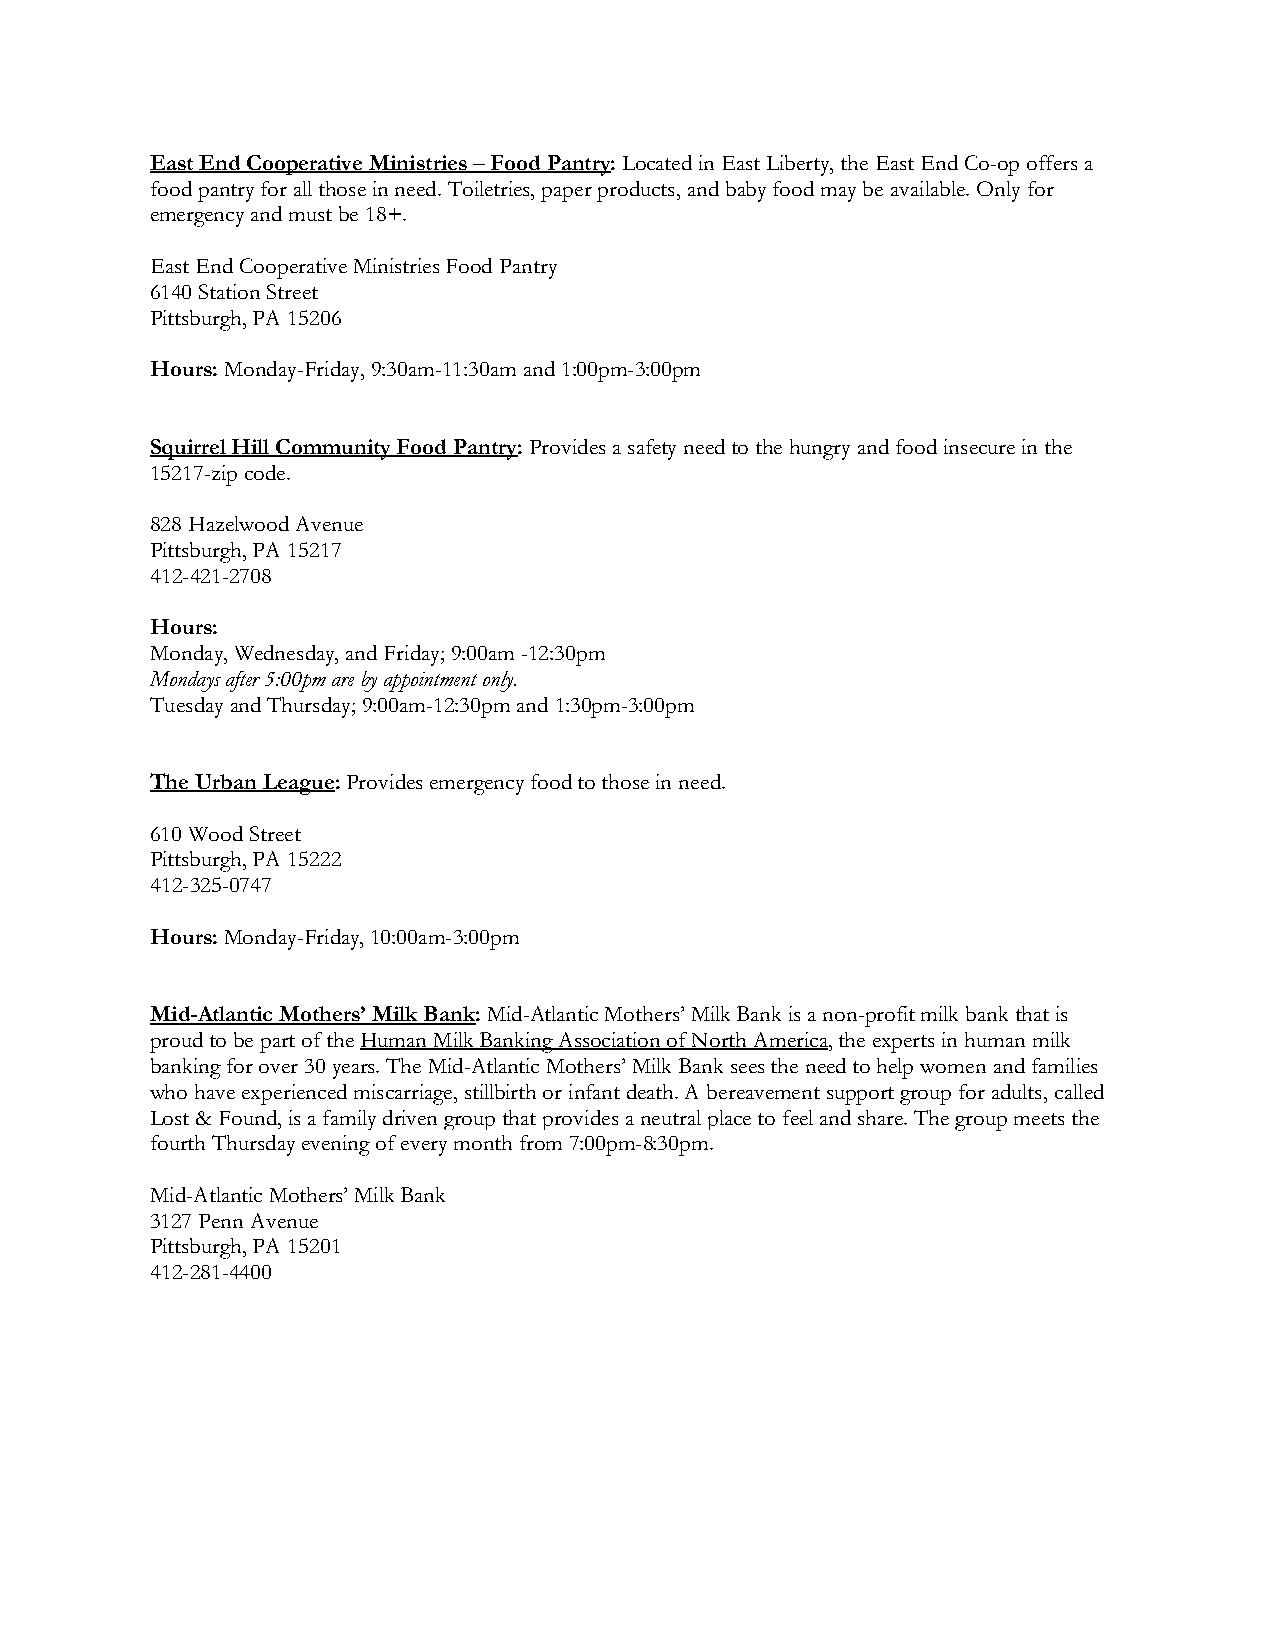
East End Cooperative Ministries – Food Pantry: Located in East Liberty, the East End Co-op offers a
 food pantry for all those in need. Toiletries, paper products, and baby food may be available. Only for
 emergency and must be 18+.
 East End Cooperative Ministries Food Pantry
 6140 Station Street
 Pittsburgh, PA 15206
 Hours: Monday-Friday, 9:30am-11:30am and 1:00pm-3:00pm
 Squirrel Hill Community Food Pantry: Provides a safety need to the hungry and food insecure in the
 15217-zip code.
 828 Hazelwood Avenue
 Pittsburgh, PA 15217
 412-421-2708
 Hours:
 Monday, Wednesday, and Friday; 9:00am -12:30pm
 Mondays after 5:00pm are by appointment only.
 Tuesday and Thursday; 9:00am-12:30pm and 1:30pm-3:00pm
 The Urban League: Provides emergency food to those in need.
 610 Wood Street
 Pittsburgh, PA 15222
 412-325-0747
 Hours: Monday-Friday, 10:00am-3:00pm
 Mid-Atlantic Mothers’ Milk Bank: Mid-Atlantic Mothers’ Milk Bank is a non-profit milk bank that is
 proud to be part of the Human Milk Banking Association of North America, the experts in human milk
 banking for over 30 years. The Mid-Atlantic Mothers’ Milk Bank sees the need to help women and families
 who have experienced miscarriage, stillbirth or infant death. A bereavement support group for adults, called
 Lost & Found, is a family driven group that provides a neutral place to feel and share. The group meets the
 fourth Thursday evening of every month from 7:00pm-8:30pm.
 Mid-Atlantic Mothers’ Milk Bank
 3127 Penn Avenue
 Pittsburgh, PA 15201
 412-281-4400